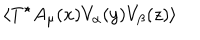
\langle T ^ { \star } A _ { \mu } ( x ) V _ { \alpha } ( y ) V _ { \beta } ( z ) \rangle